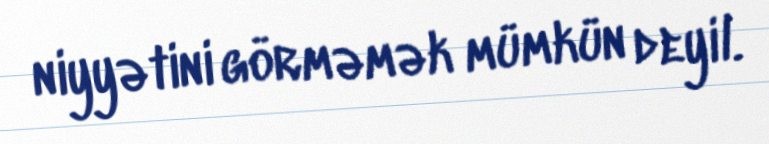
niyyətini görməmək mümkün deyil.